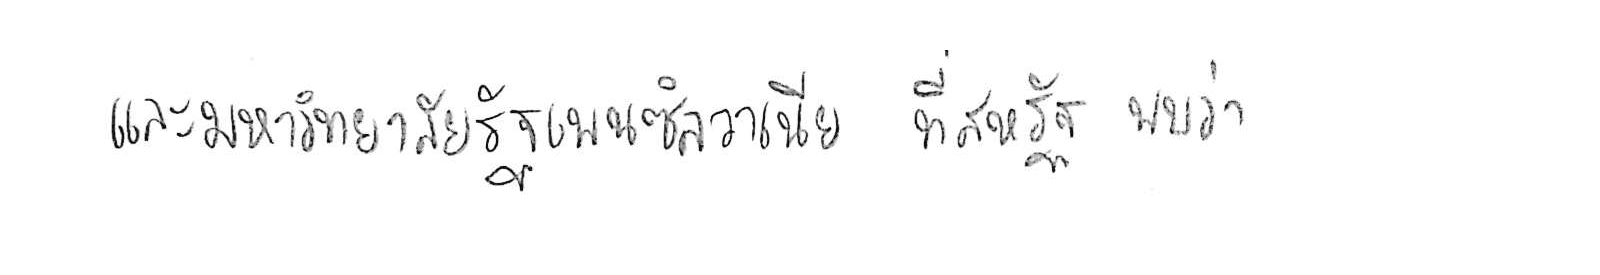
และมหาวิทยาลัยรัฐเพนซิลวาเนีย ที่สหรัฐ พบว่า